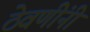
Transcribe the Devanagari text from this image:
ठेवणींनी